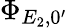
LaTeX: \Phi_{E_{2},0^{\prime}}